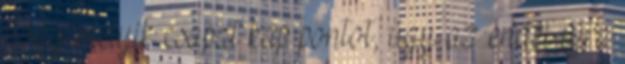
hogy melyik csapat kap pontot, úgy az endet újra